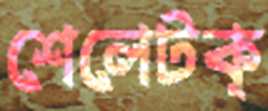
শেলেটক্